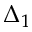
\Delta _ { 1 }